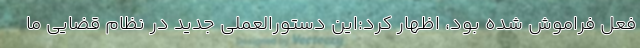
فعل فراموش شده بود، اظهار کرد:این دستورالعملی جدید در نظام قضایی ما